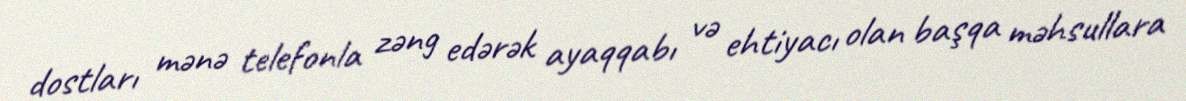
dostları mənə telefonla zəng edərək ayaqqabı və ehtiyacı olan başqa məhsullara